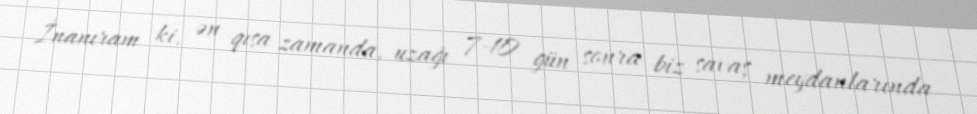
İnanıram ki, ən qısa zamanda, uzağı 7-10 gün sonra biz savaş meydanlarında